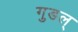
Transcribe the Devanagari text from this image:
गुडल्